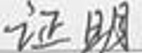
证明